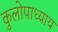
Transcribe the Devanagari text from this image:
कुलोपाध्याय